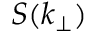
S ( k _ { \perp } )